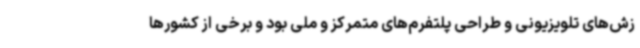
زش‌های تلویزیونی و طراحی پلتفرم‌های متمرکز و ملی بود و برخی از کشورها